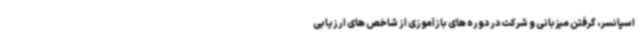
اسپانسر، گرفتن میزبانی و شرکت در دوره های بازآموزی از شاخص های ارزیابی